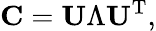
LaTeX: \mathbf{C}=\mathbf{U}\Lambda\mathbf{U}^{\mathrm{T}},